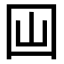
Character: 𡆯